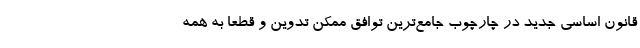
قانون اساسی جدید در چارچوب جامع‌ترین توافق ممکن تدوین و قطعا به همه